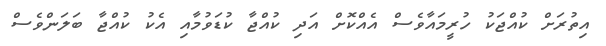
އިތުރަށް ކުއްޖަކު ހުރީމައާވެސް އެއްކޮށް އަދި ކުއްޖާ ކުޑަވުމާއި އެކު ކުއްޖާ ބަލަންވެސް